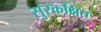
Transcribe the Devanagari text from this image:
सुरकक्षित